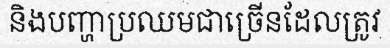
និងបញ្ហាប្រឈមជាច្រើនដែលត្រូវ